Lunatic asylums Madras 1892-1911 - 1892-1911
Year: 1892
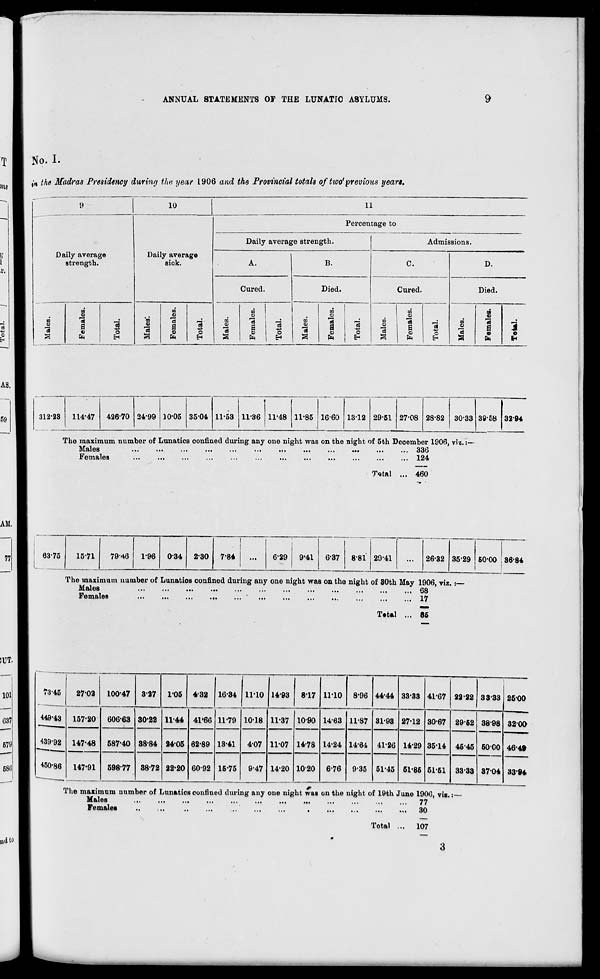
ANNUAL STATEMENTS 01 THE LUNATIC ASYLUMS.
No. I.
»n the Madras Presidency during the year 1906 and the Provincial totals of two 1 previous yean.
9
10
11
ily average
strength.
Daily average
siok.
Percentage to
Daily average strength.
Admissions.
Da
A.
B.
C.
D.
Cured.
Died.
Cured.
Died.
CO
7i
3
to
i a
73
o
EH
'on
o
a
Females.
"3' s o
EH
Males.
Females.
Total.
Males.
Females.
73 43
o
EH
Males.
Females.
7i 4a
O
EH
to
9
73
S
oj
3
73
a ■
3
o
EH
312-23
114-47
426-70 24-99 10-05 3504 11-53 11-36 11-48 11-85 16-60 13-12 29-51 27-08 28-82 30-33 39-58 32-94
The maximum number of Lunatics confined during any one night was on the night of 5th December 1906, viz.:
Males
...
•••
■••
...
•••
■••
...
...
•••
>•«
•••
... 336
Females
...
...
...
...
...
...
...
•••
...
...
•••
... 124
Total ... 460
63-75
15-71
79-46
1-96
0-34 2-30 7-84
6-29
9'41
6-37
8-81 29-41
26-32 35-29 50-00 , 3684
The maximum number of Lunatios confined during any one night was on the night of 30th May 1906, viz. :—
Males
68
Females
17
T.tal ... 85
73-45
27-02
100-47 3-27 105 4-32 16-34 11-10 14-93
8-17 1110 8-96 44-44 33-33 41-67 22-22 33-33 2500
449-43 157-20 606-63 30-22 11-44 41'60 11-79 10-18 11-37 10-90 14-63 11-87 31-93 2712 30-67 29-62 38-98 3200
439-92 147-48 587-40 38-84 24-05 62-89
60-92
13-41
4-07 11-07 14-78 14-24 14-64 41-26 14-29 3514 4545 50CO 46-49
450-86 147*91
59877 38-72 22-20
15-75
9-47 14-20 10-20 6-76 9-35 51-45 51-85 51-61 33-33 87-04 33*94
The maximum uumber of Lunatics confined during any one night waB on the night of 19th June 1900, via.
Males
77
Females
30
Total
107
3